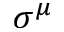
\sigma ^ { \mu }